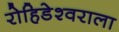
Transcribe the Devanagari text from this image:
रोहिडेश्वराला